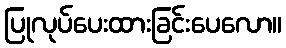
ပြုလုပ်ပေးထားခြင်းပေလော။